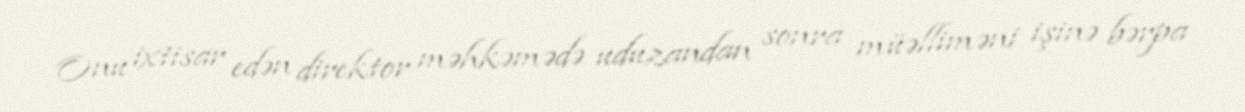
Onu ixtisar edən direktor məhkəmədə uduzandan sonra müəlliməni işinə bərpa